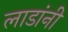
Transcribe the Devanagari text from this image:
लाडांनी